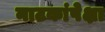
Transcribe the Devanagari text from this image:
नाटकांपेक्षा